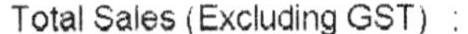
TOTAL SALES (EXCLUDING GST) :